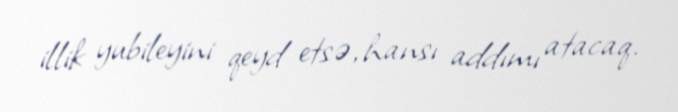
illik yubileyini qeyd etsə, hansı addımı atacaq.